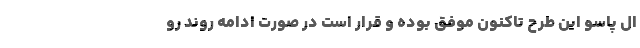
ال پاسو این طرح تاکنون موفق بوده و قرار است در صورت ادامه روند رو